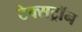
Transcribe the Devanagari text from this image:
टेक्सट्रॉन